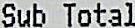
SUB TOTAL